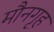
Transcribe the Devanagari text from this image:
मौनगृह